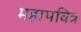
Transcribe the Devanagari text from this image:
महापवित्र